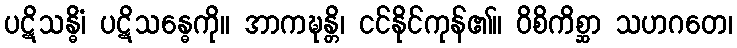
ပဋိသန္ဓိံ၊ ပဋိသန္ဓေကို။ အာကဍ္ဎန္တိ၊ ငင်နိုင်ကုန်၏။ ဝိစိကိစ္ဆာ သဟဂတေ၊